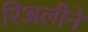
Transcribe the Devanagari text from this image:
रिअलीने